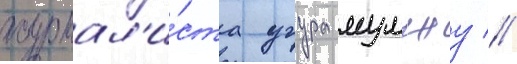
журнал'и́ста угура мумджу //